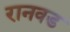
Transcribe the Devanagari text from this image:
रानवड